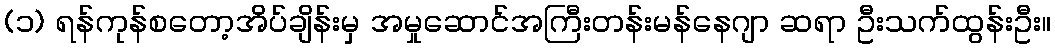
(၁) ရန်ကုန်စတော့အိပ်ချိန်းမှ အမှုဆောင်အကြီးတန်းမန်နေဂျာ ဆရာ ဦးသက်ထွန်းဦး။